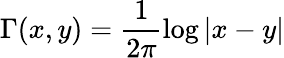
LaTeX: \Gamma(x,y)=\frac{1}{2\pi}\log|x-y|